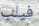
فيلب